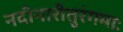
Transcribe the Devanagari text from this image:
नदीनारीतुरंगमाः